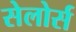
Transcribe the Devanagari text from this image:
सेलोर्स